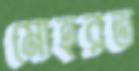
মোহরত